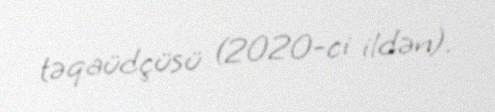
təqaüdçüsü (2020-ci ildən).